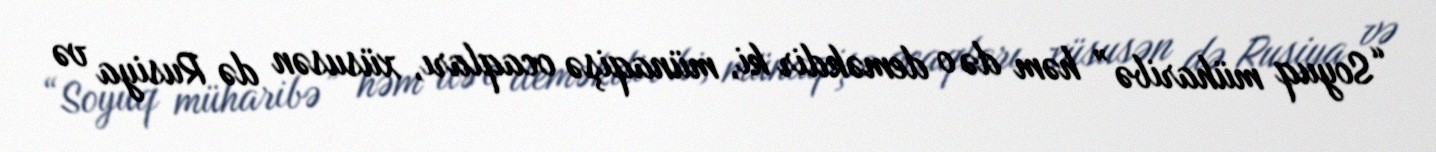
“Soyuq müharibə” həm də o deməkdir ki, münaqişə ocaqları, xüsusən də Rusiya və